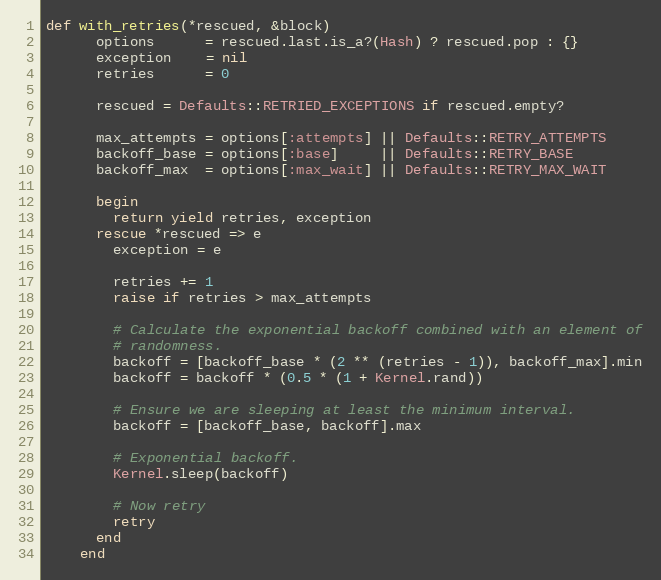
Language: Ruby
def with_retries(*rescued, &block)
      options      = rescued.last.is_a?(Hash) ? rescued.pop : {}
      exception    = nil
      retries      = 0

      rescued = Defaults::RETRIED_EXCEPTIONS if rescued.empty?

      max_attempts = options[:attempts] || Defaults::RETRY_ATTEMPTS
      backoff_base = options[:base]     || Defaults::RETRY_BASE
      backoff_max  = options[:max_wait] || Defaults::RETRY_MAX_WAIT

      begin
        return yield retries, exception
      rescue *rescued => e
        exception = e

        retries += 1
        raise if retries > max_attempts

        # Calculate the exponential backoff combined with an element of
        # randomness.
        backoff = [backoff_base * (2 ** (retries - 1)), backoff_max].min
        backoff = backoff * (0.5 * (1 + Kernel.rand))

        # Ensure we are sleeping at least the minimum interval.
        backoff = [backoff_base, backoff].max

        # Exponential backoff.
        Kernel.sleep(backoff)

        # Now retry
        retry
      end
    end